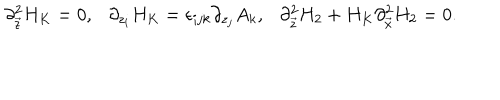
LaTeX: \partial _ { \vec { z } } ^ { 2 } H _ { K } = 0 , \ \ \ \partial _ { z _ { i } } H _ { K } = \epsilon _ { i j k } \partial _ { z _ { j } } A _ { k } , \ \ \ \partial _ { \vec { z } } ^ { 2 } H _ { 2 } + H _ { K } \partial _ { \vec { x } } ^ { 2 } H _ { 2 } = 0 .